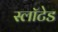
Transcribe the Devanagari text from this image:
स्लॉटेड